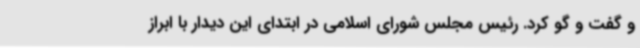
و گفت و گو کرد. رئیس مجلس شورای اسلامی در ابتدای این دیدار با ابراز